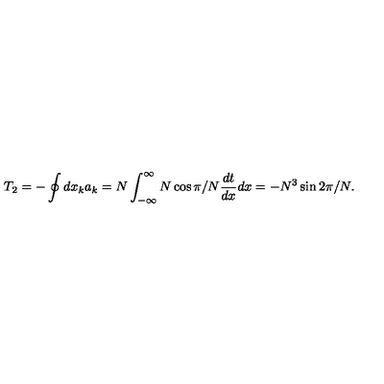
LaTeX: T _ { 2 } = - \oint d x _ { k } a _ { k } = N \int _ { - \infty } ^ { \infty } N \cos \pi / N \frac { d t } { d x } d x = - N ^ { 3 } \sin 2 \pi / N .